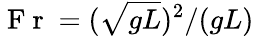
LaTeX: \mathrm{~F~r~}=(\sqrt{gL})^{2}/(gL)